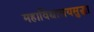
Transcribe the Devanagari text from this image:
महाविद्यालयसुद्धा